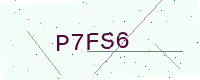
Text: P7FS6